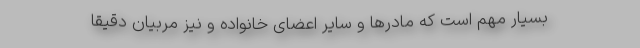
بسیار مهم است که مادرها و سایر اعضای خانواده و نیز مربیان دقیقاً